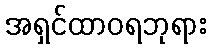
အရှင်ထာဝရဘုရား